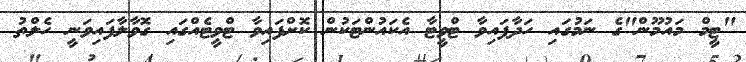
"ޓީމް މައުމޫން"ގެ ނަމުގައި ހަދާފައިވާ ޓްވީޓާ އެކައުންޓަކުން ކޮށްފައިވާ ޓްވީޓެއްގައި ގޮވާލާފައިވަނީ ހެލްތު